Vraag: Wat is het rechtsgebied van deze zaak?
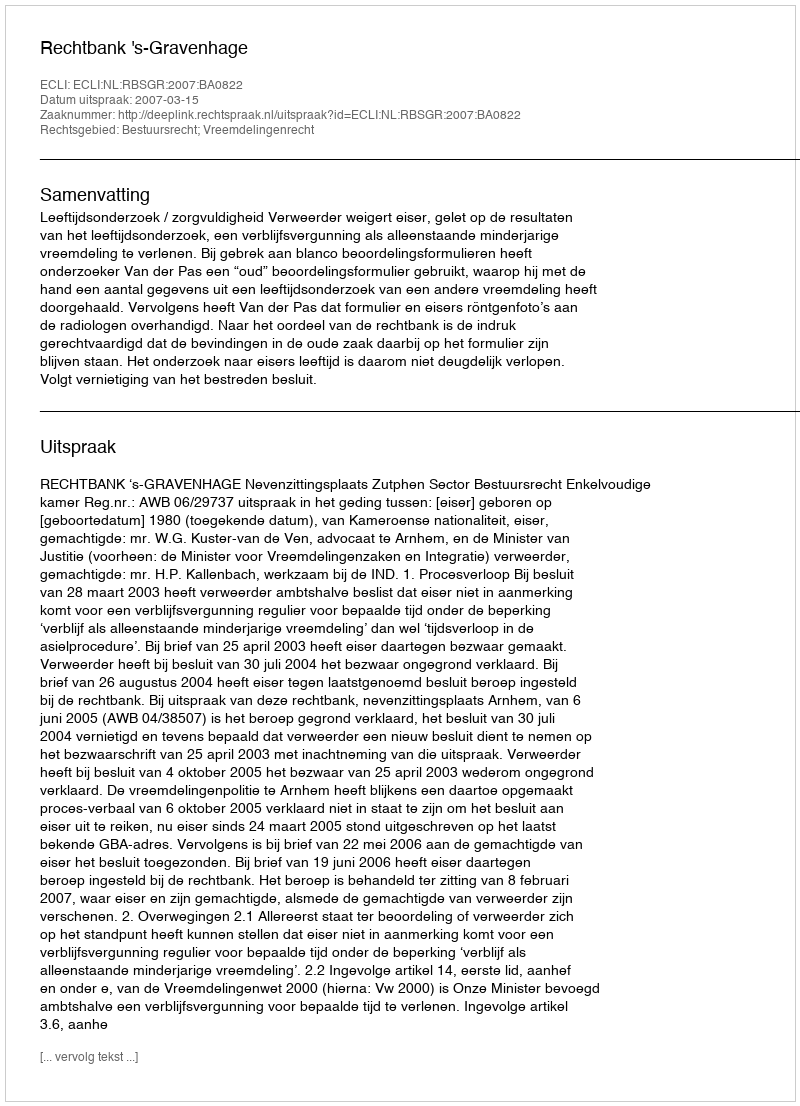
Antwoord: Bestuursrecht; Vreemdelingenrecht